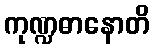
ကုဏ္ဍဓာနောတိ